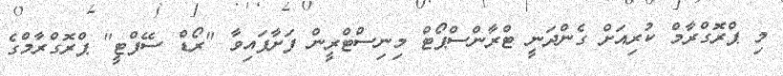
މި ޕްރޮގްރާމް ކުރިއަށް ގެންދަނީ ޓްރާންސްޕޯޓް މިނިސްޓްރީން ފަށާފައިވާ "ރޯޑް ސޭފްޓީ" ޕްރޮގްރާމްގެ